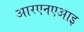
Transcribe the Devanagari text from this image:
आरएनएआइ